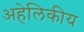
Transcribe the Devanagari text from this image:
अहेलिकीय